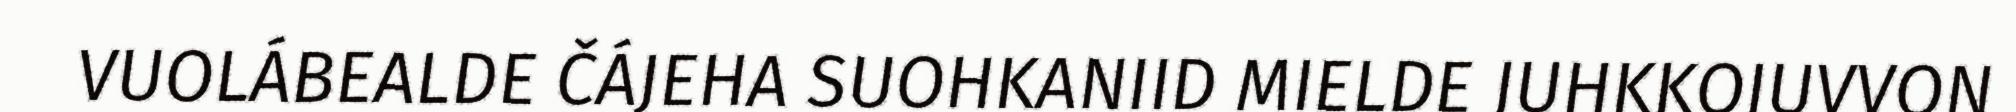
VUOLÁBEALDE ČÁJEHA SUOHKANIID MIELDE JUHKKOJUVVON